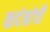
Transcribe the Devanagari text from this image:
कदंबांची